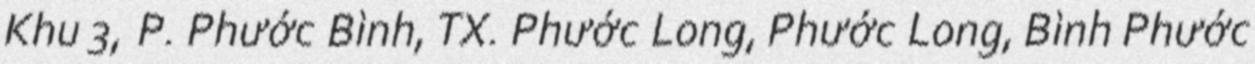
Khu 3, P. Phước Bình, TX. Phước Long, Phước Long, Bình Phước